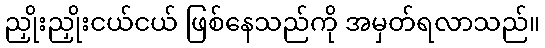
ညှိုးညှိုးငယ်ငယ် ဖြစ်နေသည်ကို အမှတ်ရလာသည်။